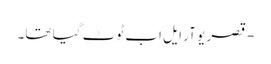
- قصر یو آر ایل اب ٹوٹ گیا تھا۔